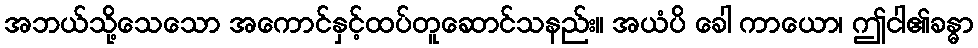
အဘယ်သို့သေသော အကောင်နှင့်ထပ်တူဆောင်သနည်း။ အယံပိ ခေါ ကာယော၊ ဤငါ၏ခန္ဓာ